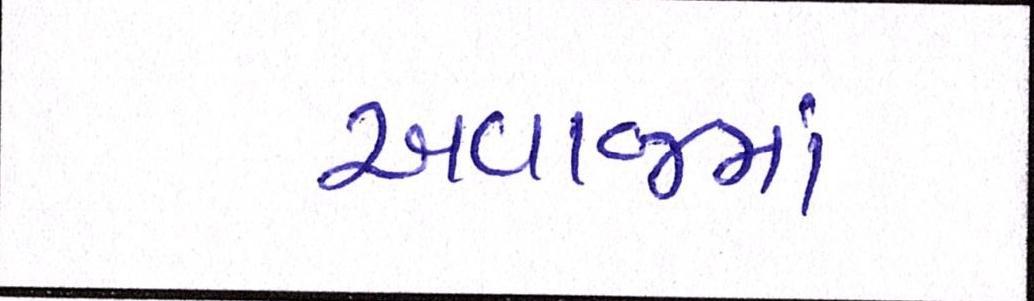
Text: અવાજમાં